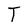
Character: T